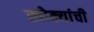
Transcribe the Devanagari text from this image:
खोक्यांची